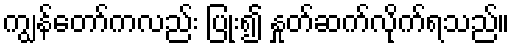
ကျွန်တော်ကလည်း ပြုံး၍ နှုတ်ဆက်လိုက်ရသည်။